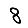
Digit: 8